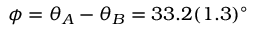
\phi = \theta _ { A } - \theta _ { B } = 3 3 . 2 ( 1 . 3 ) ^ { \circ }